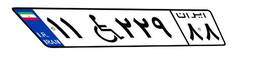
۱۱W۲۲۹۸۸